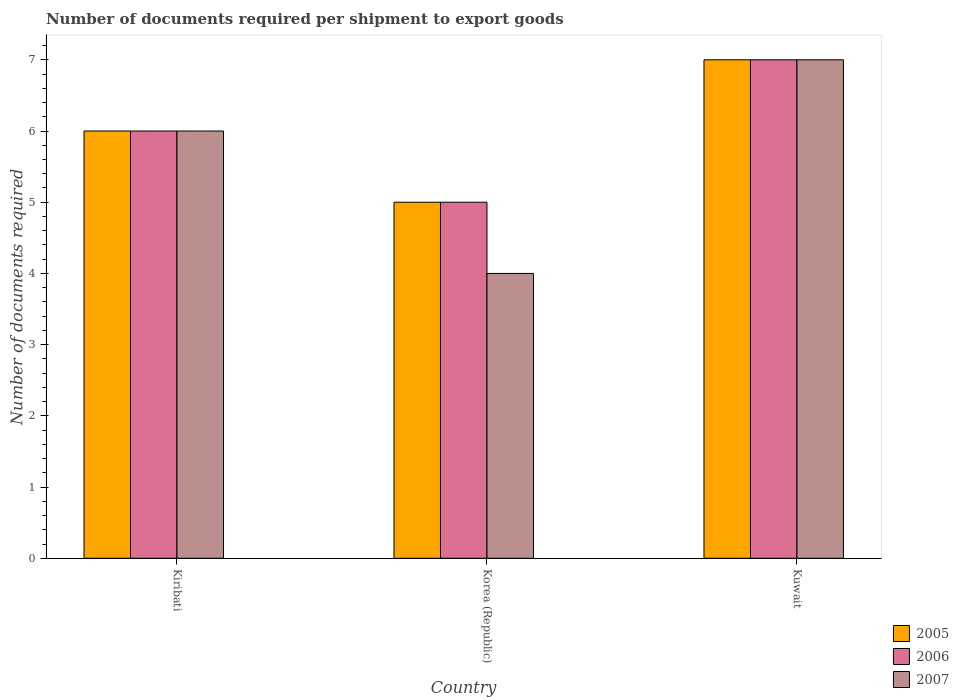
| Country | 2005 | 2006 | 2007 |
 | --- | --- | --- | --- |
 | Kiribati | 6 | 6 | 6 |
 | Korea (Republic) | 5 | 5 | 4 |
 | Kuwait | 7 | 7 | 7 |